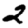
Digit: 2